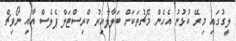
ލީގުގައި މިރޭ ކުޅުނު އެހެން މެޗުތަކަށް ބަލާލާއިރު ކްރިސްޓަލް ޕެލެސް އާއި ނޯވިޗް